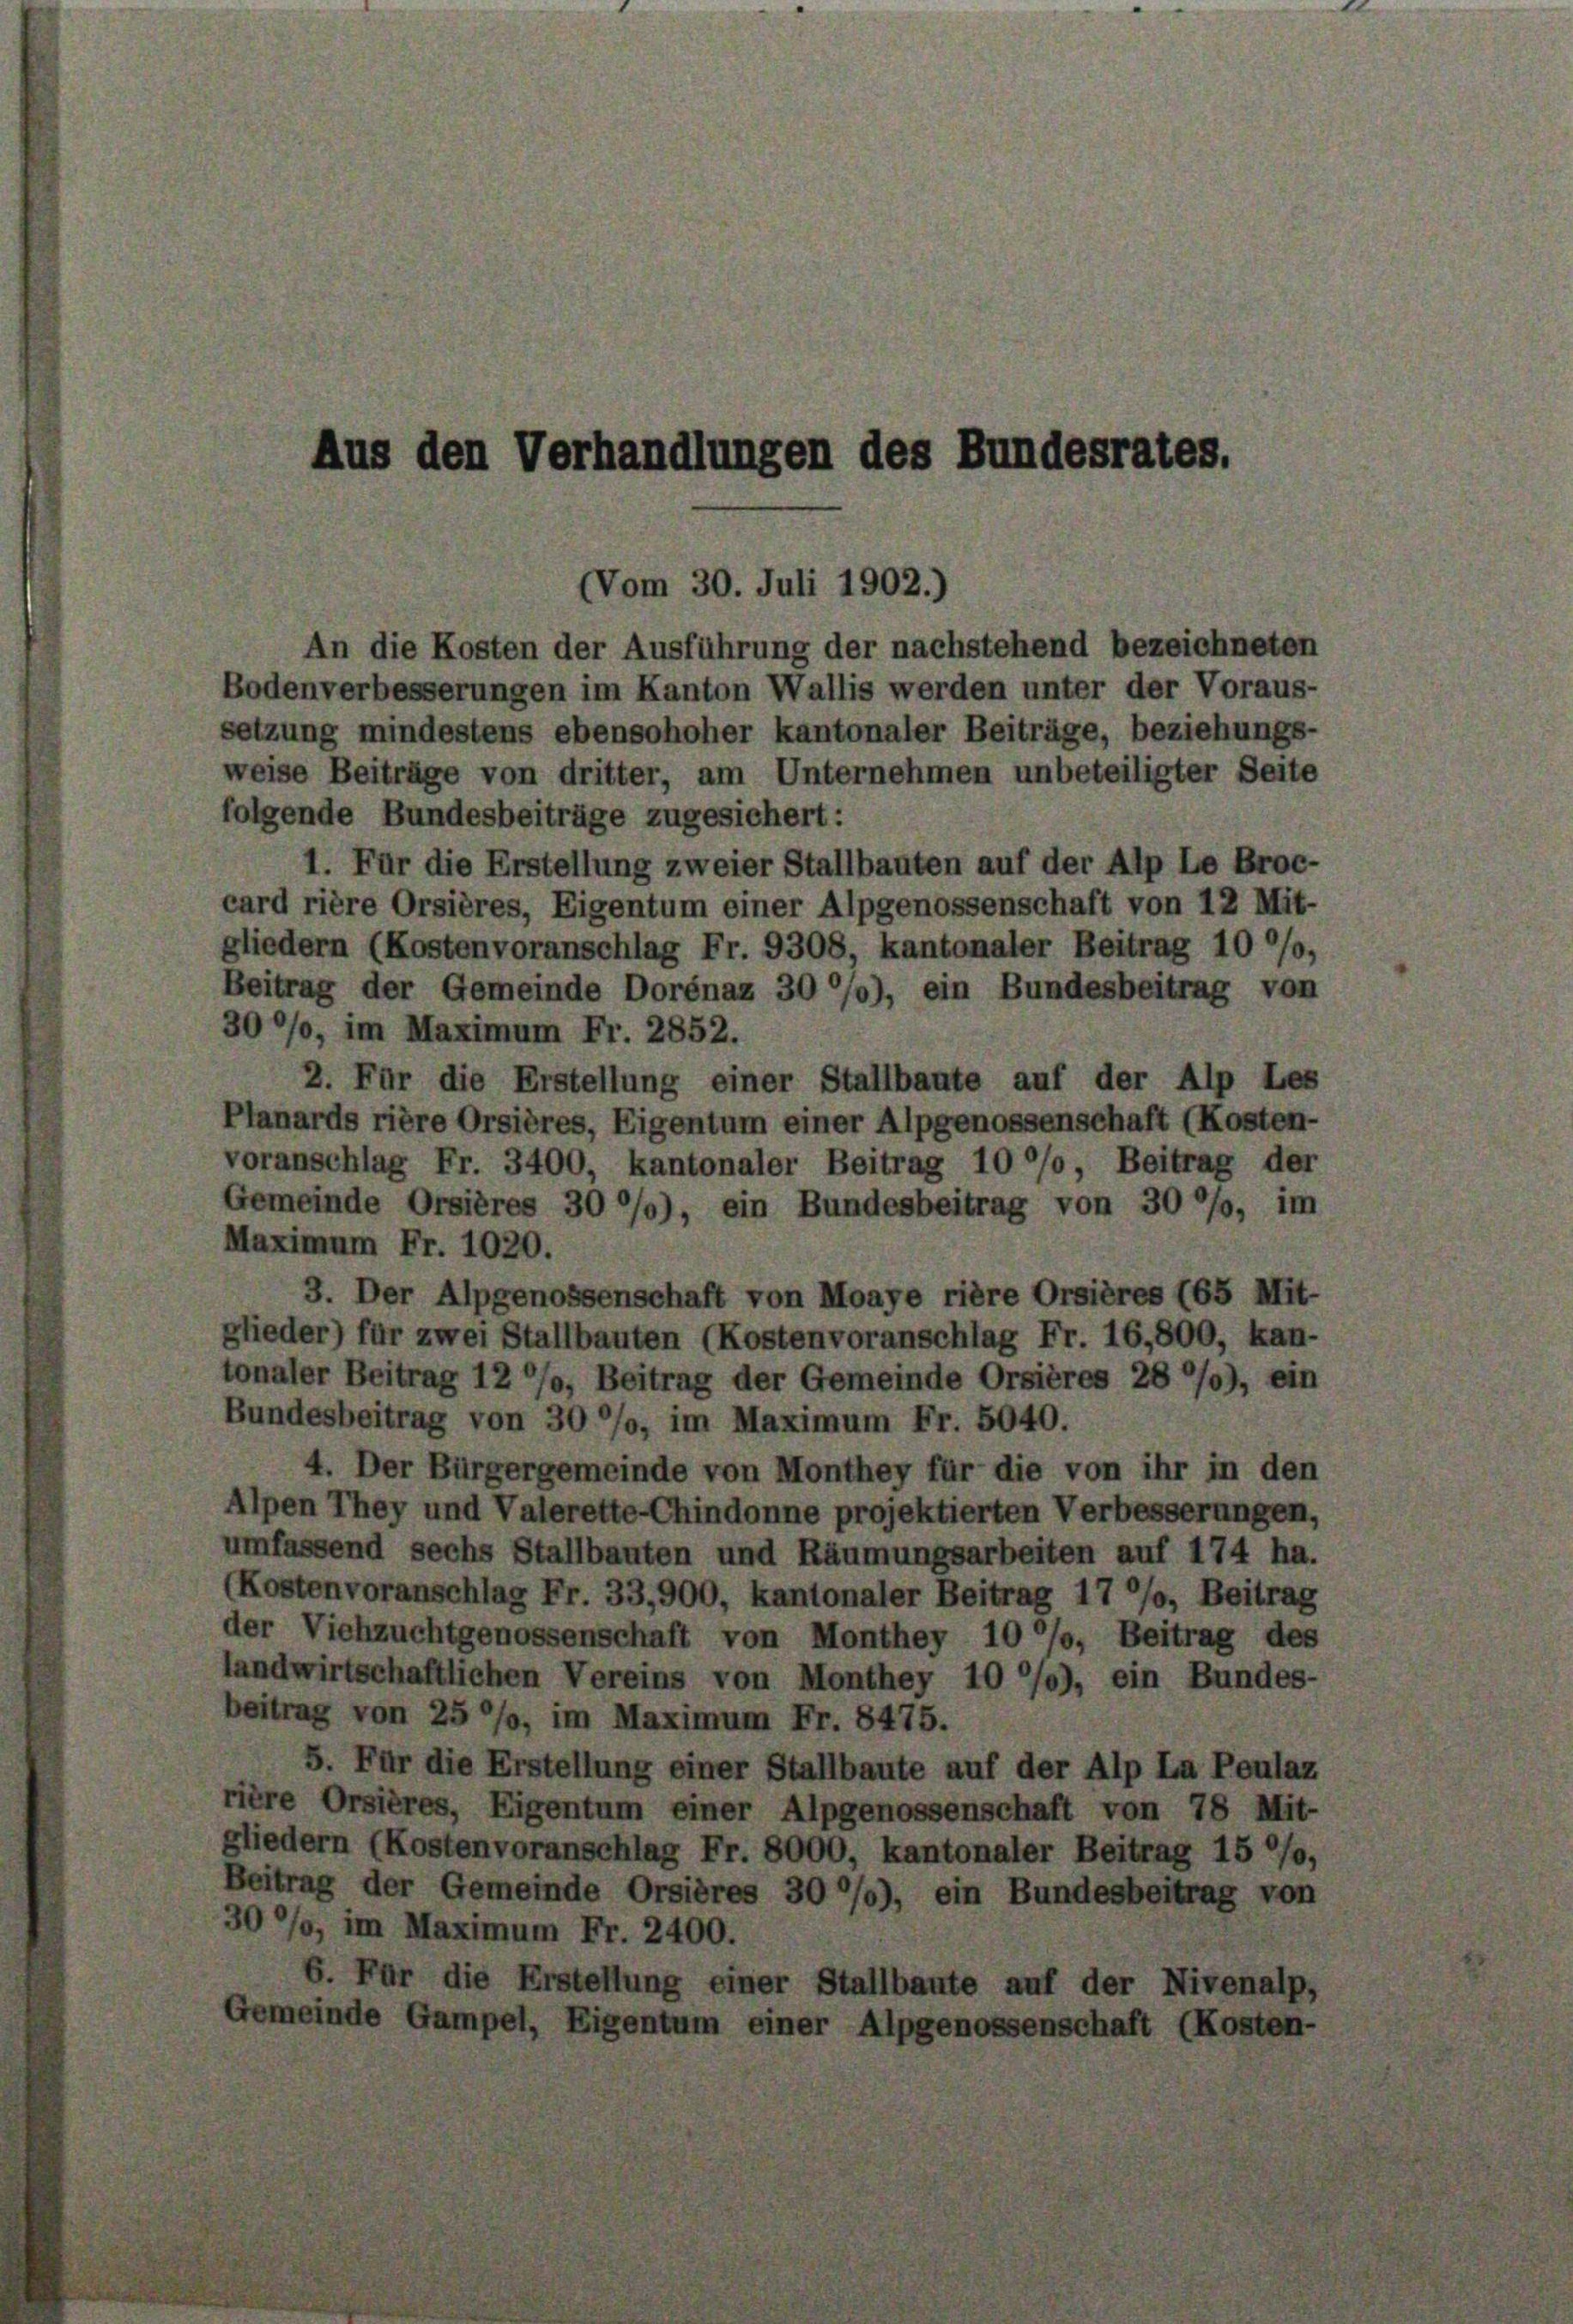
Aus den Verhandlungen des Bundesrates.

Vom 30. Juli 1902.)

An die Kosten der Ausführung der nachstehend bezeichneten
Bodenverbesserungen im Kanton Wallis werden unter der Voraus-
setzung mindestens ebensohoher kantonaler Beiträge, beziehungs-
weise Beiträge von dritter, am Unternehmen unbeteiligter Seite
folgende Bundesbeiträge zugesichert:
1. Für die Erstellung zweier Stallbauten auf der Alp Le Broc-
card rière Orsières, Eigentum einer Alpgenossenschaft von 12 Mit-
gliedern (Kostenvoranschlag Fr. 9308, kantonaler Beitrag 10 °/0
Beitrag der Gemeinde Dorénaz 30%), ein Bundesbeitrag von
30°/o, im Maximum Fr. 2852.
2. Für die Erstellung einer Stallbaute auf der Alp Les
Planards rière Orsières, Eigentum einer Alpgenossenschaft (Kosten-
voranschlag Fr. 3400, kantonaler Beitrag 10 °/o, Beitrag der
Gemeinde Orsières 30 °/0), ein Bundesbeitrag von 30 °/o, im
Maximum Fr. 1020.
3. Der Alpgenossenschaft von Moaye rière Orsières 165 Mit-
glieder) für zwei Stallbauten (Kostenvoranschlag Fr. 16,800, kan-
tonaler Beitrag 12 °/o, Beitrag der Gemeinde Orsières 28 *), ein
Bundesbeitrag von 30 °/o, im Maximum Fr. 5040.
4. Der Bürgergemeinde von Monthey für die von ihr in den
Alpen They und Valerette-Chindonne projektierten Verbesserungen,
umfassend sechs Stallbauten und Räumungsarbeiten auf 174 ha.
(Kostenvoranschlag Fr. 33,900, kantonaler Beitrag 17 °/o, Beitrag
der Viehzuchtgenossenschaft von Monthey 10 °/o, Beitrag des
landwirtschaftlichen Vereins von Monthey 10 °/0), ein Bundes-
beitrag von 25 °/o, im Maximum Fr. 8475.
5. Für die Erstellung einer Stallbaute auf der Alp La Peulaz
rière Orsières, Eigentum einer Alpgenossenschaft von 78 Mit-
gliedern (Kostenvoranschlag Fr. 8000, kantonaler Beitrag 15 °/o,
Beitrag der Gemeinde Orsières 30%), ein Bundesbeitrag von
30 °/o, im Maximum Fr. 2400.
6. Für die Erstellung einer Stallbaute auf der Nivenalp,
Gemeinde Gampel, Eigentum einer Alpgenossenschaft (Kosten-